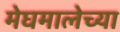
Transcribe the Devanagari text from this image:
मेघमालेच्या